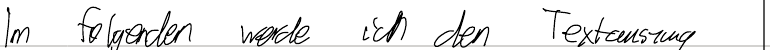
Im folgenden werde ich den Textauszug